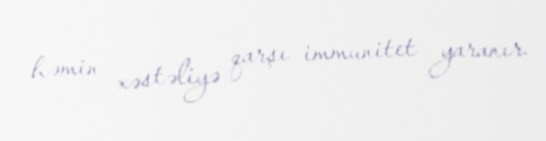
həmin xəstəliyə qarşı immunitet yaranır.